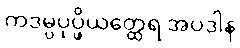
ကဒမ္ပပုပ္ဖိယတ္ထေရ အပဒါန